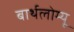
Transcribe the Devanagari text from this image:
बार्थलोम्यू